Civil Veterinary Department Bihar & Orissa reports 1929-36 - 1929-1936
Year: 1929
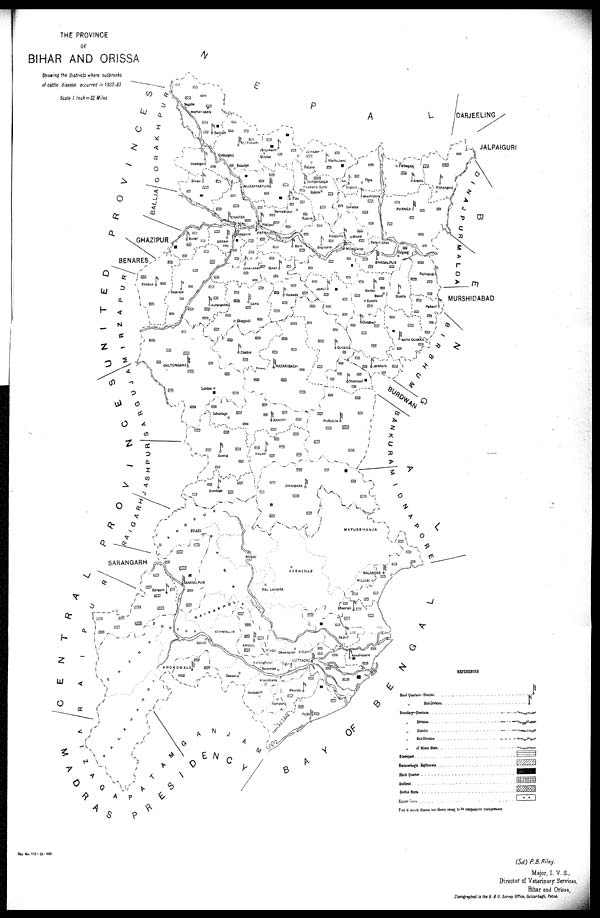
THE PROVINCE
OF
BIHAR AND ORISSA
Showing the Districts where outbreaks
of cattle disease occurred in 1932-33.
Scale I Inch=32 Miles
(Sd)P.B.Riey.
Major, I. V. S.,
Director of Veterinary Services.
Bihar and Orissa,
Zincographed in the B. & O. Survey Office, Gulzarbagh, Patna.